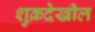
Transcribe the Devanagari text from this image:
शुक्रदेखील